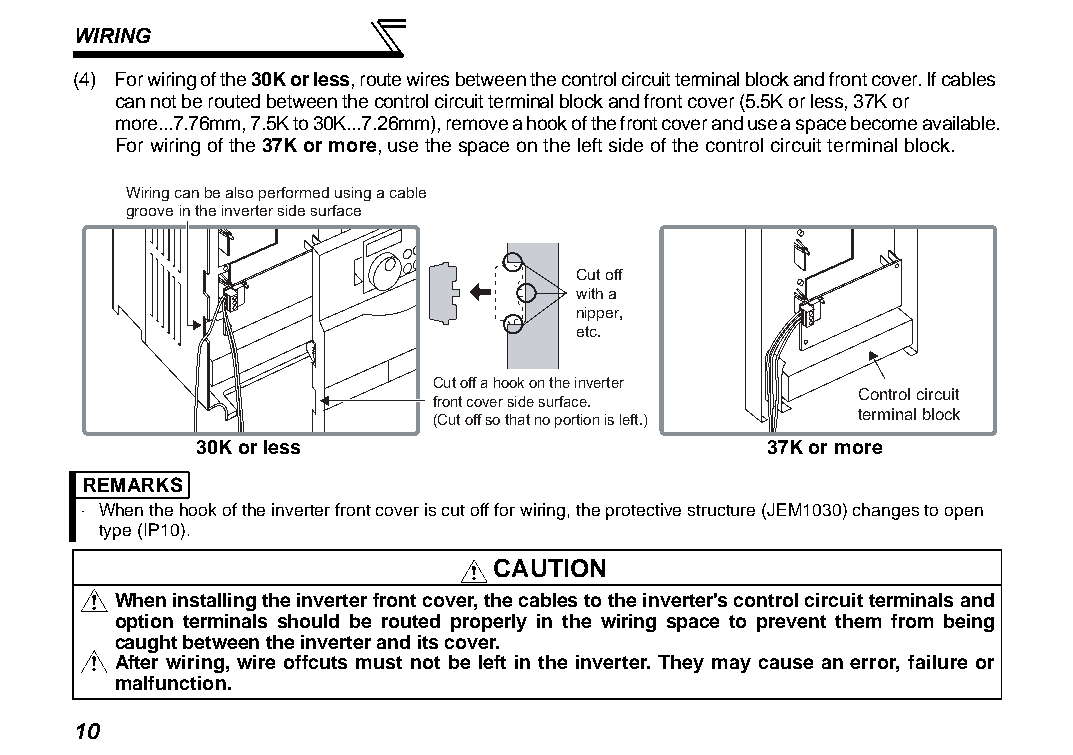
WIRING
 (4) For wiring of the 30K or less, route wires between the control circuit terminal block and front cover. If cables
 can not be routed between the control circuit terminal block and front cover (5.5K or less, 37K or
 more...7.76mm, 7.5K to 30K...7.26mm), remove a hook of the front cover and use a space become available.
 For wiring of the 37K or more, use the space on the left side of the control circuit terminal block.
 Wiring can be also performed using a cable
 groove in the inverter side surface
 Cut off
 with a
 nipper,
 etc.
 Cut off a hook on the inverter
 Control circuit
 front cover side surface.
 terminal block
 (Cut off so that no portion is left.)
 30K or less                          37K or more
 REMARKS
 ⋅ When the hook of the inverter front cover is cut off for wiring, the protective structure (JEM1030) changes to open
 type (IP10).
 CAUTION
 When installing the inverter front cover, the cables to the inverter's control circuit terminals and
 option terminals should be routed properly in the wiring space to prevent them from being
 caught between the inverter and its cover.
 After wiring, wire offcuts must not be left in the inverter. They may cause an error, failure or
 malfunction.
 10